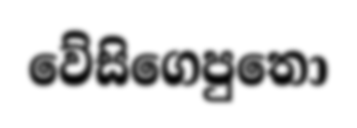
වේසිගෙපුතො